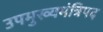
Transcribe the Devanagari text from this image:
उपमुख्यमंत्रिपद